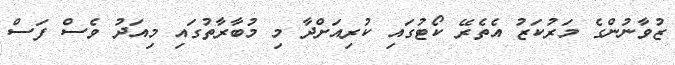
ޒުވާނުންގެ މަރުކަޒު އެތެރޭ ކޯޓުގައި ކުރިއަށްދާ މި މުބާރާތުގައި މިއަދު ވެސް ފަސް